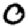
Digit: 0